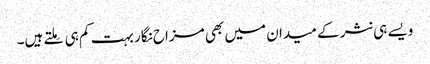
ویسے ہی نثر کے میدان میں بھی مزاح نگار بہت کم ہی مِلتے ہیں۔